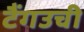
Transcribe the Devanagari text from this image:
टैंगउची